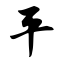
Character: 平